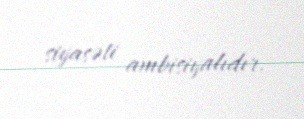
siyasəti ambisiyalıdır.